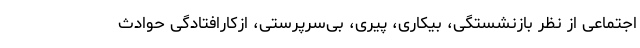
اجتماعی از نظر بازنشستگی، بیکاری، پیری، بی‌سرپرستی، ازکارافتادگی حوادث